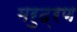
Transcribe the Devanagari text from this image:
मरुद्रण